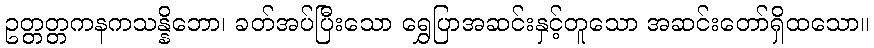
ဥတ္တတ္တကနကသန္နိဘော၊ ခတ်အပ်ပြီးသော ရွှေပြာအဆင်းနှင့်တူသော အဆင်းတော်ရှိထသော။